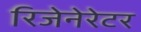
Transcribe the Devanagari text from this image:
रिजेनेरेटर